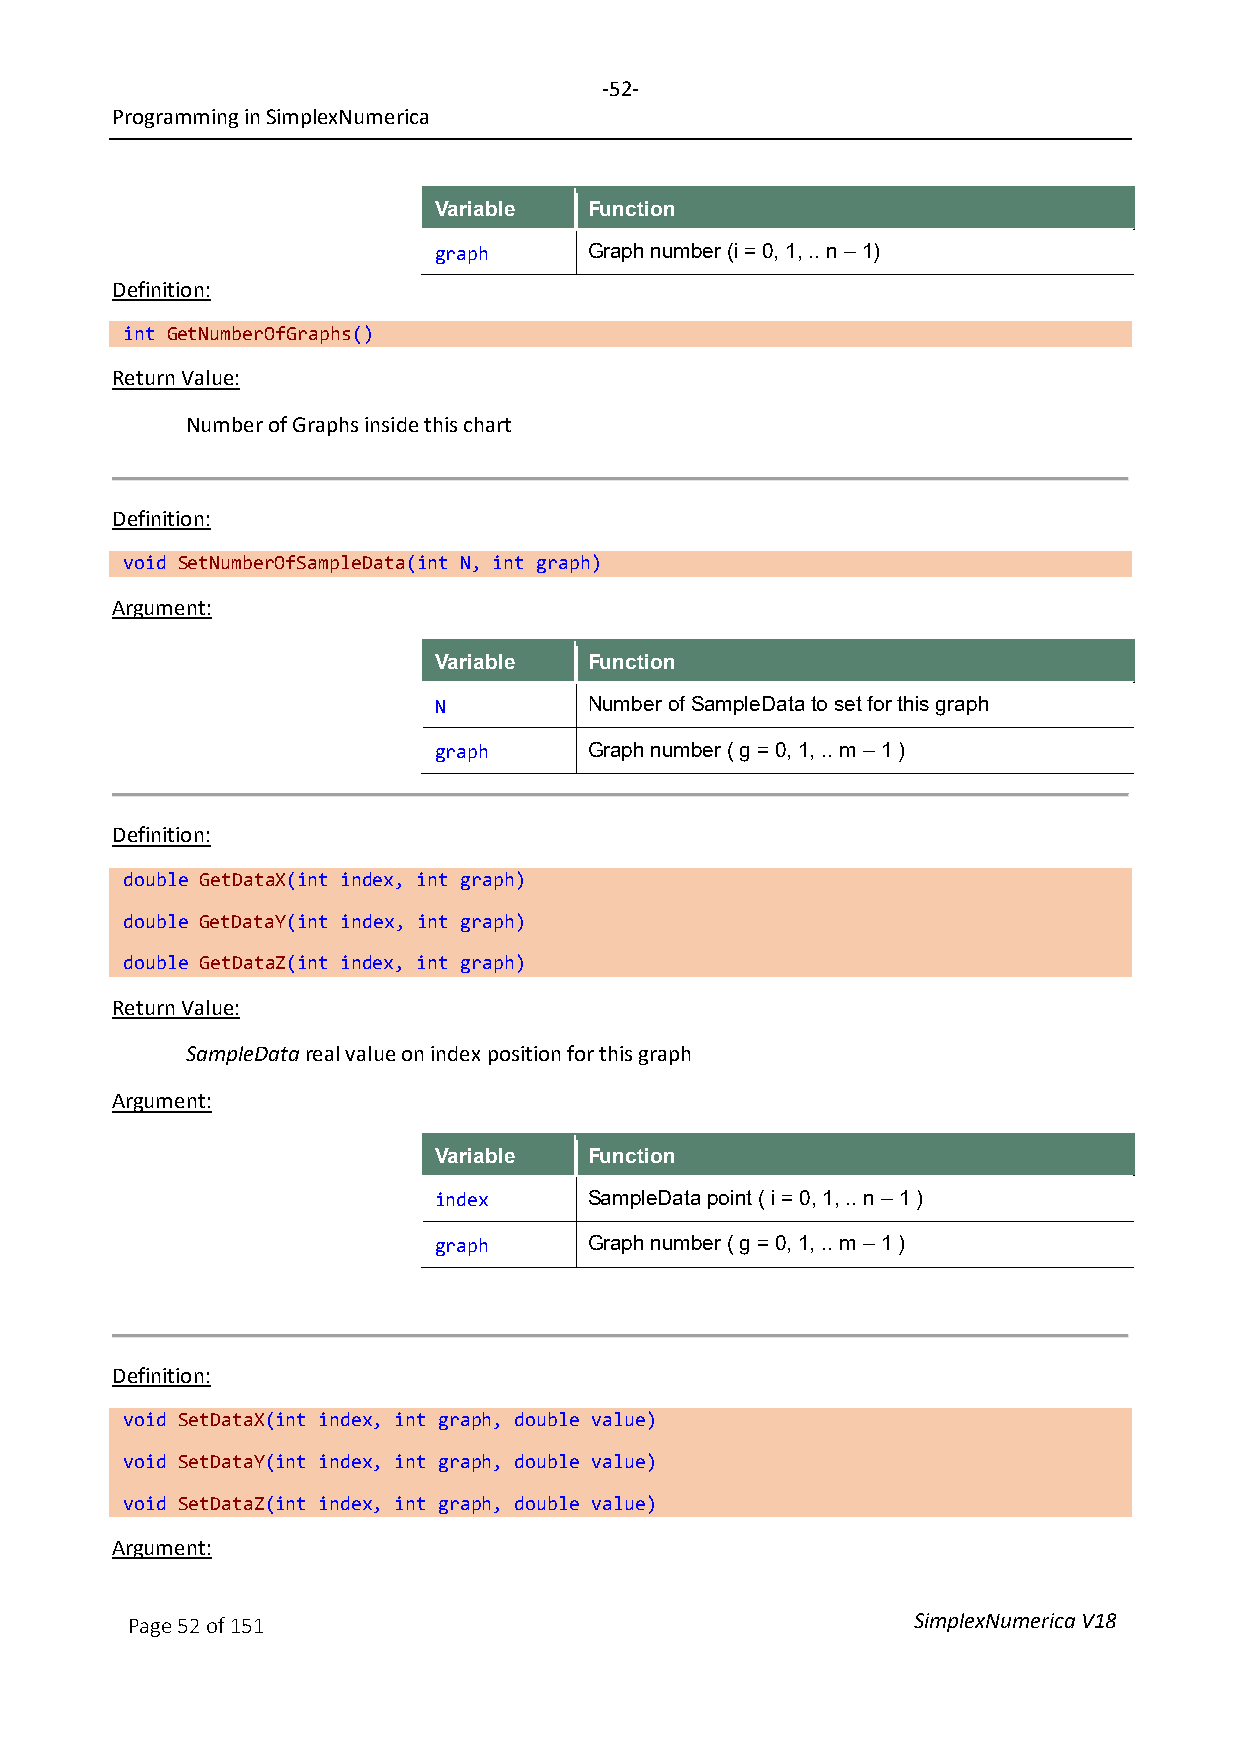
-52-
 Programming in SimplexNumerica
 Variable  Function
 graph     Graph number (i = 0, 1, .. n – 1)
 Definition:
 int GetNumberOfGraphs()
 Return Value:
 Number of Graphs inside this chart
 Definition:
 void SetNumberOfSampleData(int N, int graph)
 Argument:
 Variable  Function
 N         Number of SampleData to set for this graph
 graph     Graph number ( g = 0, 1, .. m – 1 )
 Definition:
 double GetDataX(int index, int graph)
 double GetDataY(int index, int graph)
 double GetDataZ(int index, int graph)
 Return Value:
 SampleData real value on index position for this graph
 Argument:
 Variable  Function
 index     SampleData point ( i = 0, 1, .. n – 1 )
 graph     Graph number ( g = 0, 1, .. m – 1 )
 Definition:
 void SetDataX(int index, int graph, double value)
 void SetDataY(int index, int graph, double value)
 void SetDataZ(int index, int graph, double value)
 Argument:
 Page 52 of 151                                      SimplexNumerica V18